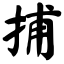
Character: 捕